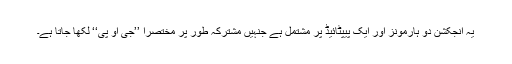
یہ انجکشن دو ہارمونز اور ایک پیپٹائیڈ پر مشتمل ہے جنہیں مشترکہ طور پر مختصراً ’’جی او پی‘‘ لکھا جاتا ہے۔